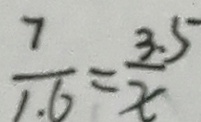
\frac { 7 } { 1 . 6 } = \frac { 3 . 5 } { x }